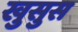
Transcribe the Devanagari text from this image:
खुसुस